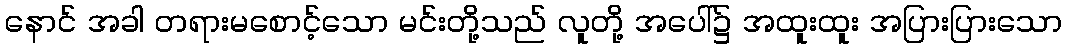
နောင် အခါ တရားမစောင့်သော မင်းတို့သည် လူတို့ အပေါ်၌ အထူးထူး အပြားပြားသော